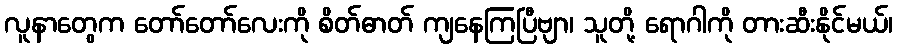
လူနာတွေက တော်တော်လေးကို စိတ်ဓာတ် ကျနေကြပြီဗျာ၊ သူတို့ ရောဂါကို တားဆီးနိုင်မယ်၊